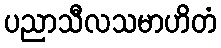
ပညာသီလသမာဟိတံ